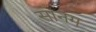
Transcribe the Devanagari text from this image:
सानग